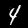
Digit: 4